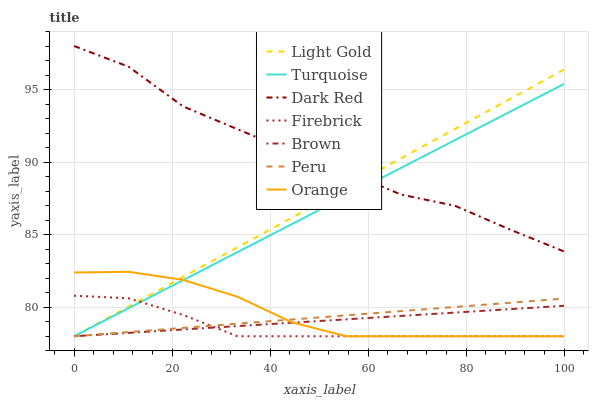
| xaxis_label | Light Gold | Turquoise | Dark Red | Firebrick | Brown | Peru | Orange |
 | --- | --- | --- | --- | --- | --- | --- | --- |
 | 0 | 78 | 78 | 98 | 80.8 | 78 | 78 | 82.4 |
 | 11.1 | 80 | 79.9 | 96.6 | 80.6 | 78.2 | 78.3 | 82.4 |
 | 22.2 | 82.1 | 81.9 | 93.8 | 79.5 | 78.5 | 78.6 | 81.9 |
 | 33.3 | 84.1 | 83.8 | 92.3 | 78 | 78.7 | 78.9 | 80.7 |
 | 44.4 | 86.2 | 85.7 | 90.7 | 78 | 78.9 | 79.2 | 79 |
 | 55.6 | 88.2 | 87.7 | 89.4 | 78 | 79.2 | 79.4 | 78 |
 | 66.7 | 90.2 | 89.6 | 87.8 | 78 | 79.4 | 79.7 | 78 |
 | 77.8 | 92.3 | 91.5 | 87 | 78 | 79.6 | 80 | 78 |
 | 88.9 | 94.3 | 93.5 | 85.4 | 78 | 79.9 | 80.3 | 78 |
 | 100 | 96.4 | 95.4 | 83.8 | 78 | 80.1 | 80.6 | 78 |